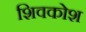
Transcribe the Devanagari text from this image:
शिवकोश